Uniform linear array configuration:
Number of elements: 32
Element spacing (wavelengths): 0.25
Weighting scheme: hamming
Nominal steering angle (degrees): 60
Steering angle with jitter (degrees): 60.937
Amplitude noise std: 0.05
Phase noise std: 0.05

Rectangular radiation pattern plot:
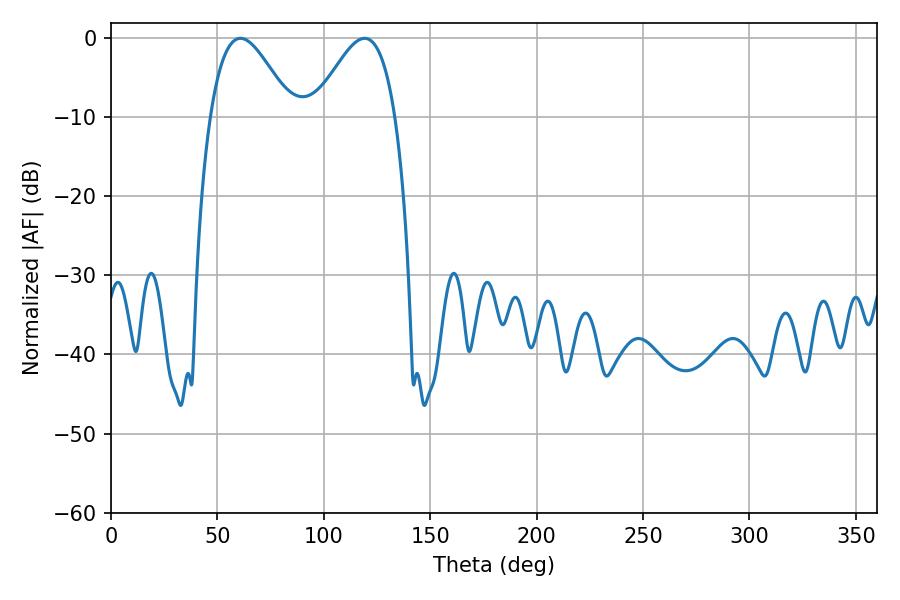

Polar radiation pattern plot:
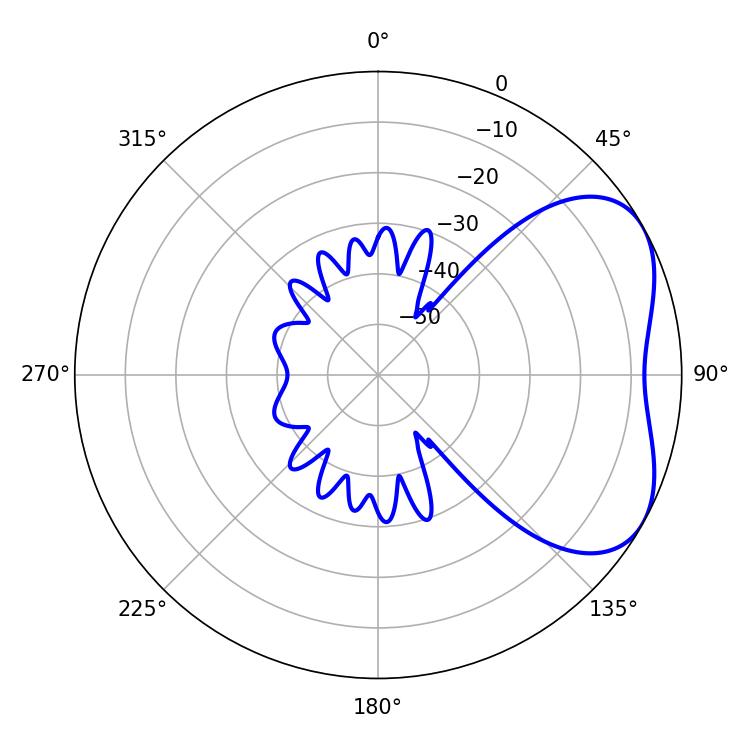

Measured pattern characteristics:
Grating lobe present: FALSE
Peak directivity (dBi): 4.442
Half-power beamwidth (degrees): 20.52
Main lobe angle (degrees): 60.84